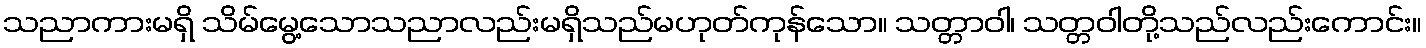
သညာကားမရှိ သိမ်မွေ့သောသညာလည်းမရှိသည်မဟုတ်ကုန်သော။ သတ္တာဝါ၊ သတ္တဝါတို့သည်လည်းကောင်း။